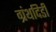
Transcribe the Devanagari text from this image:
ग्रंथदिडी